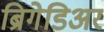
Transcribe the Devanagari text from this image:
ब्रिगेडिअर